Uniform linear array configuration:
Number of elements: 48
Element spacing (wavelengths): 0.25
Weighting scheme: exponential
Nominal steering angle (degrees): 30
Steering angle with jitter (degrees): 31.024
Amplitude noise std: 0.05
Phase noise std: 0.05

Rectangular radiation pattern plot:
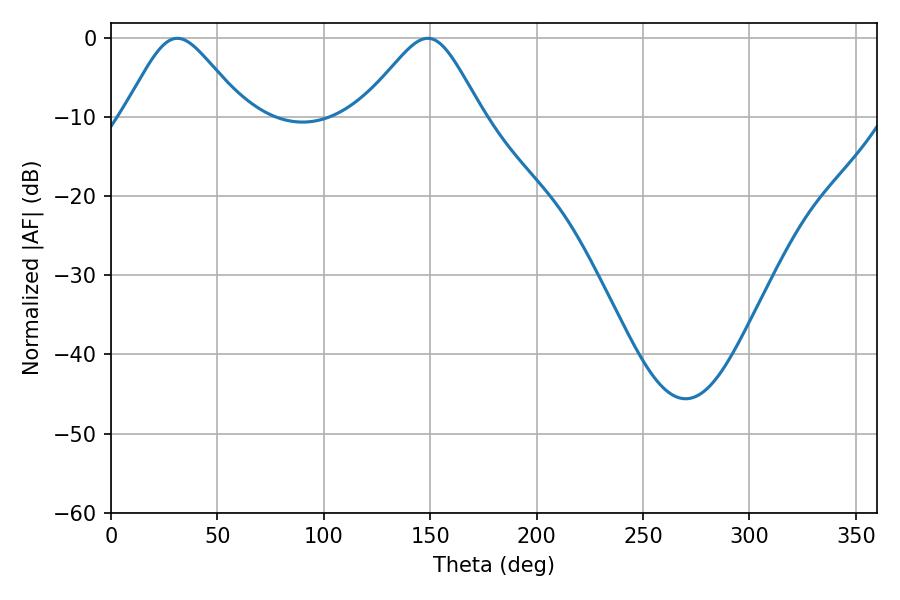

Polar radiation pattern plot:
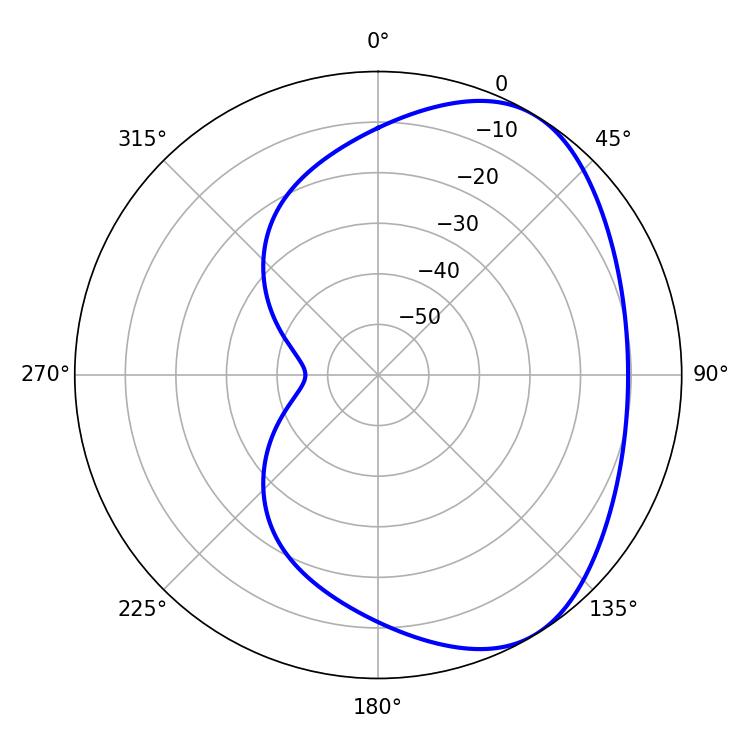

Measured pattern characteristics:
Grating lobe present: FALSE
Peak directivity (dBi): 4.739
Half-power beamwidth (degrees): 27.72
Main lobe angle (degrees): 31.14